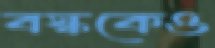
বস্ককেও